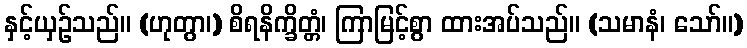
နှင့်ယှဉ်သည်။ (ဟုတွာ၊) စိရနိက္ခိတ္တံ၊ ကြာမြင့်စွာ ထားအပ်သည်။ (သမာနံ၊ သော်။)